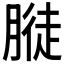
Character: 𱼓